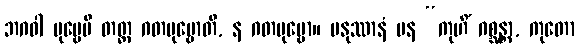
ဘဂဝါ ပုဗ္ဗေပိ တတ္ထ ဂတပုဗ္ဗောတိ, န ဂတပုဗ္ဗော။ မနုဿာနံ ပန “ကုဟိံ ဂစ္ဆန္တာ, ကုတော